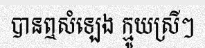
បានឮសំឡេង ក្មូយស្រីៗ